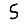
Digit: 5